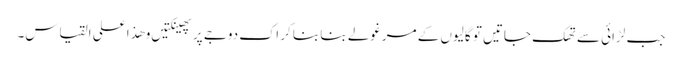
جب لڑائی سے تھک جاتیں تو گالیوں کے مرغولے بنا بنا کر اک دوجے پر پھینکتیں و ھذا علی القیاس۔